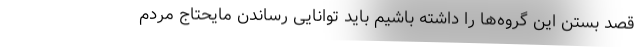
قصد بستن این گروه‌ها را داشته باشیم باید توانایی رساندن مایحتاج مردم